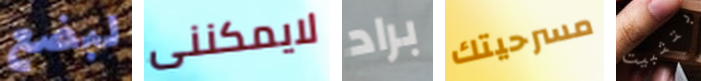
لبضع لايمكننى براد مسرحيتك بتثبيت